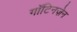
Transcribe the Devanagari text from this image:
गॉटिनज़ेन